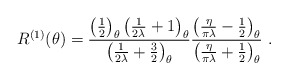
\begin{align*}R^{(1)}(\theta )=\frac{\left( \frac{1}{2}\right) _{\theta }\left(\frac{1}{2\lambda }+1\right) _{\theta }}{\left( \frac{1}{2\lambda}+\frac{3}{2}\right) _{\theta }}\frac{\left( \frac{\eta }{\pi \lambda}-\frac{1}{2}\right) _{\theta }}{\left( \frac{\eta }{\pi \lambda}+\frac{1}{2}\right) _{\theta }}\ .\end{align*}